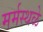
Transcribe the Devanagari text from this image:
मर्मस्थळे